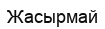
Жасырмай